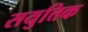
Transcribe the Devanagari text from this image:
सयुत्तिक